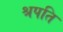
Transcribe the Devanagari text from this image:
श्रपति